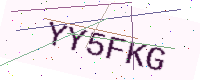
Text: YY5FKG